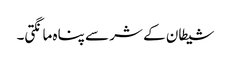
شیطان کے شر سے پناہ مانگتی۔